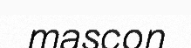
mascon